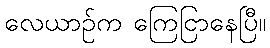
လေယာဉ်က ကြေငြာနေပြီ။